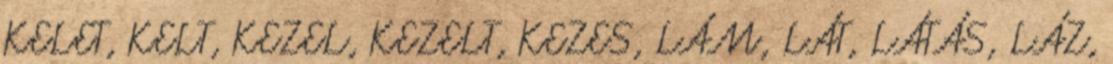
KELET, KELT, KEZEL, KEZELT, KEZES, LÁM, LÁT, LÁTÁS, LÁZ,